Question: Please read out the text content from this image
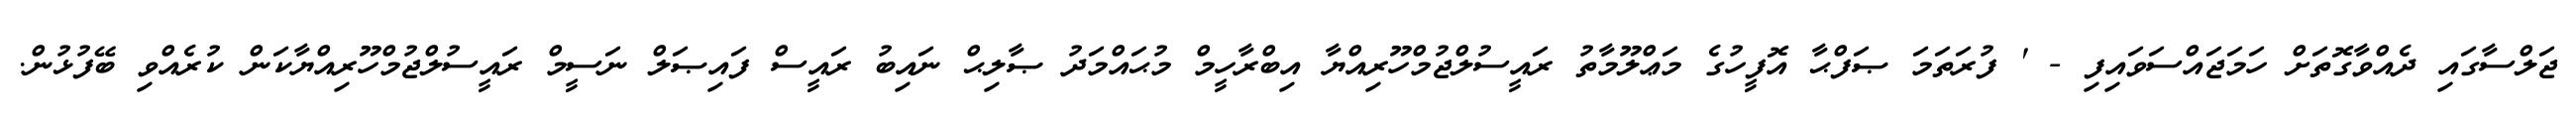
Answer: ޖަލްސާގައި ދެއްވާގޮތަށް ހަމަޖައްސަވައިފި - ' ފުރަތަމަ ޞަފްޙާ އޮފީހުގެ މަޢްލޫމާތު ރައީސުލްޖުމްހޫރިއްޔާ އިބްރާހީމް މުޙައްމަދު ޞާލިޙް ނައިބު ރައީސް ފައިޞަލް ނަސީމް ރައީސުލްޖުމްހޫރިއްޔާކަން ކުރެއްވި ބޭފުޅުން.